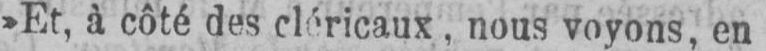
»Et, à côté des cléricaux, nous voyons, en